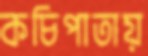
কচিপাতায়